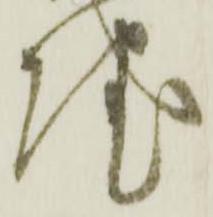
院